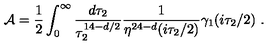
{ \cal A } = { \frac { 1 } { 2 } } \int _ { 0 } ^ { \infty } { \frac { d \tau _ { 2 } } { \tau _ { 2 } ^ { 1 4 - d / 2 } } } { \frac { 1 } { \eta ^ { 2 4 - d } ( i \tau _ { 2 } / 2 ) } } \gamma _ { 1 } ( i \tau _ { 2 } / 2 ) \ .